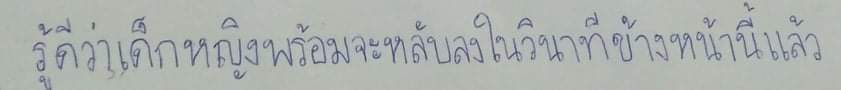
รู้ดีว่าเด็กหญิงพร้อมจะหลับลงในวินาทีข้างหน้านี้แล้ว